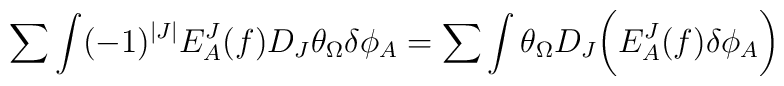
\sum\int (-1)^{|J|}E^J_A(f)D_J\theta_{\Omega}\delta\phi_A=\sum\int \theta_{\Omega}D_J\biggl( E^J_A(f)\delta\phi_A\biggr)